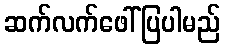
ဆက်လက်ဖေါ်ပြပါမည်